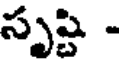
సృష్టి -